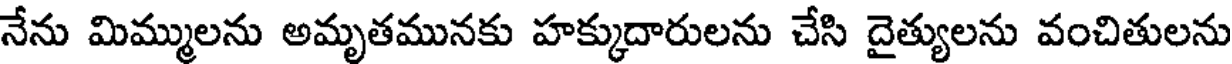
నేను మిమ్ములను అమృతమునకు హక్కుదారులను చేసి దైత్యులను వంచితులను